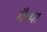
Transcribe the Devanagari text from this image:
गैम्पा